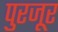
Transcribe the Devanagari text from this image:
पुरजूर